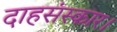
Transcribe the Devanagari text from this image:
दाहसंस्कार।